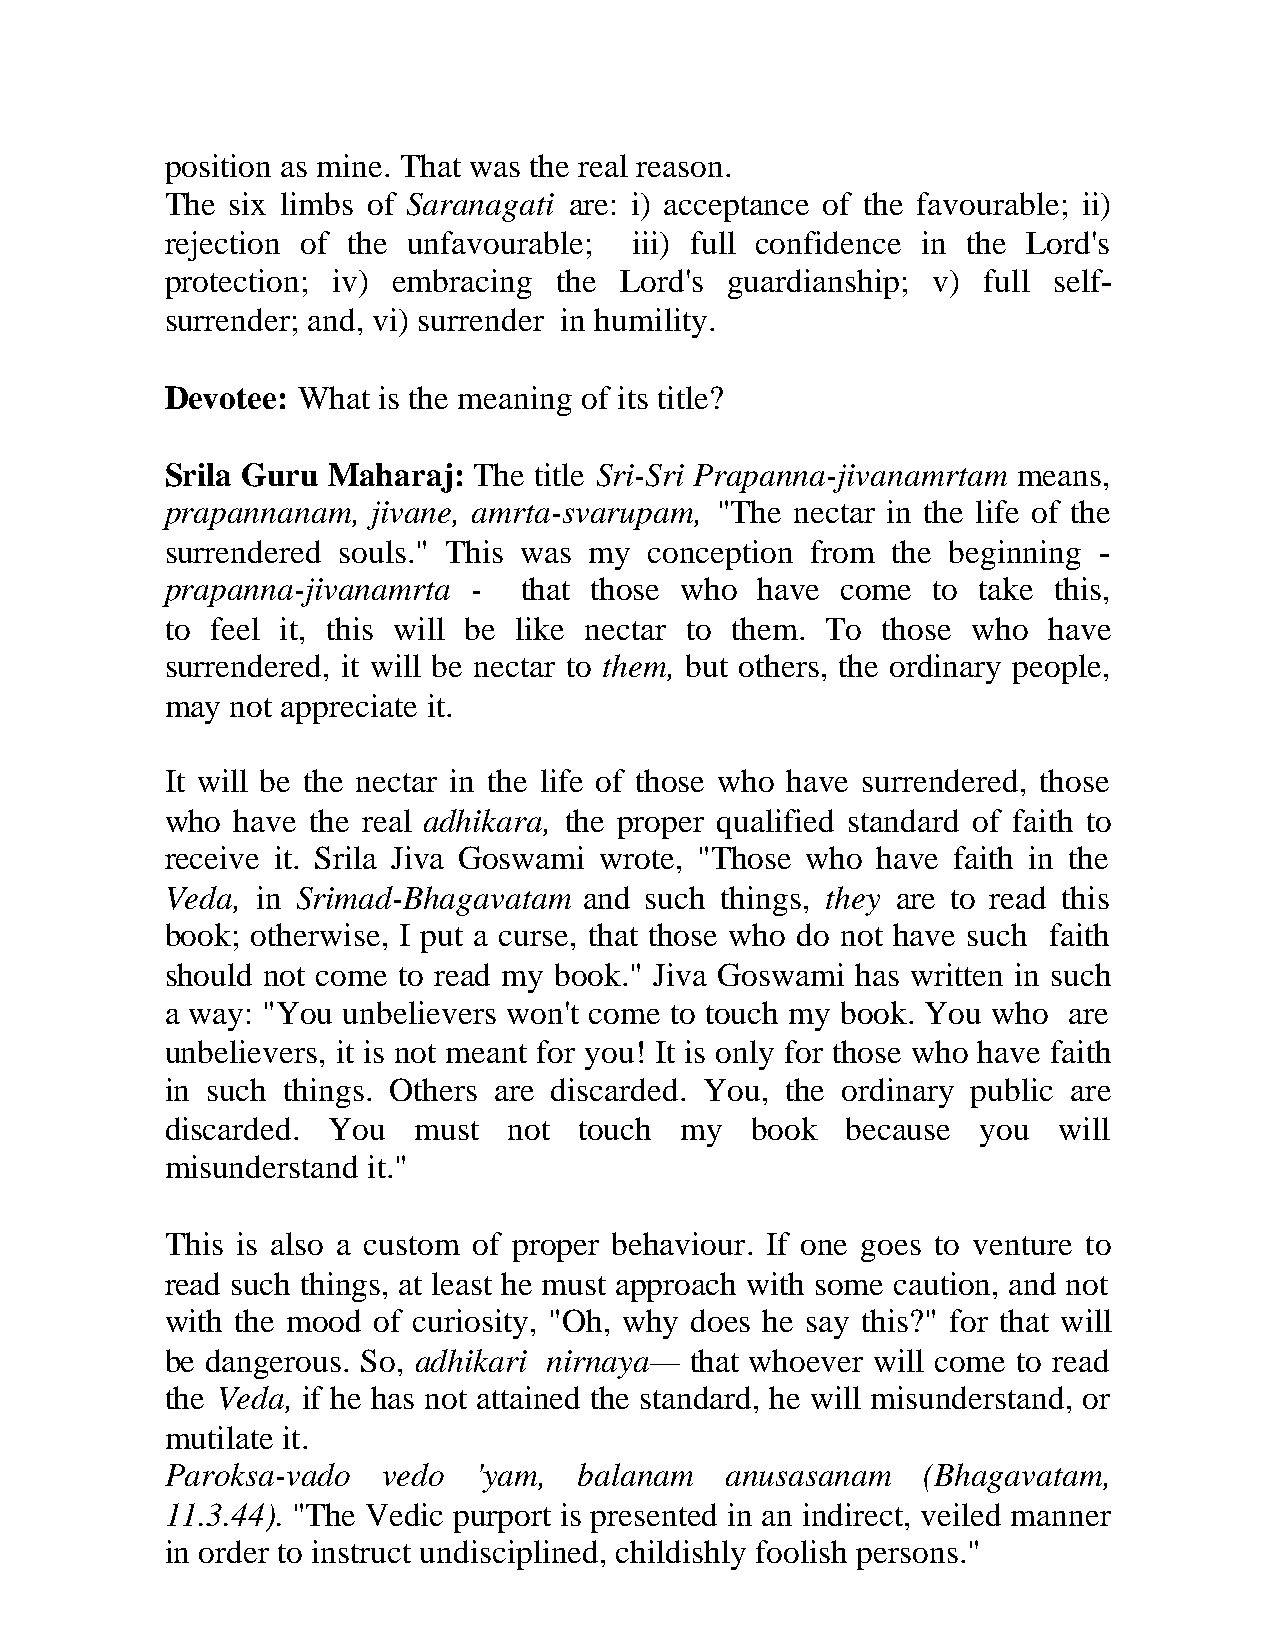
position as mine. That was the real reason.
 The six limbs of Saranagati are: i) acceptance of the favourable; ii)
 rejection of the unfavourable; iii) full confidence in the Lord's
 protection; iv) embracing the Lord's guardianship; v) full self-
 surrender; and, vi) surrender in humility.
 Devotee: What is the meaning of its title?
 Srila Guru Maharaj: The title Sri-Sri Prapanna-jivanamrtam means,
 prapannanam,  jivane, amrta-svarupam, "The nectar in the life of the
 surrendered souls." This was my conception from the beginning -
 prapanna-jivanamrta -  that those who  have  come  to take this,
 to feel it, this will be like nectar to them. To those who have
 surrendered, it will be nectar to them, but others, the ordinary people,
 may not appreciate it.
 It will be the nectar in the life of those who have surrendered, those
 who  have the real adhikara, the proper qualified standard of faith to
 receive it. Srila Jiva Goswami wrote, "Those who have faith in the
 Veda, in Srimad-Bhagavatam  and such things, they are to read this
 book; otherwise, I put a curse, that those who do not have such faith
 should not come to read my book." Jiva Goswami has written in such
 a way: "You unbelievers won't come to touch my book. You who are
 unbelievers, it is not meant for you! It is only for those who have faith
 in such things. Others are discarded. You, the ordinary public are
 discarded. You  must   not touch  my   book  because  you  will
 misunderstand it."
 This is also a custom of proper behaviour. If one goes to venture to
 read such things, at least he must approach with some caution, and not
 with the mood of curiosity, "Oh, why does he say this?" for that will
 be dangerous. So, adhikari nirnaya— that whoever will come to read
 the Veda, if he has not attained the standard, he will misunderstand, or
 mutilate it.
 Paroksa-vado  vedo   'yam, balanam   anusasanam   (Bhagavatam,
 11.3.44). "The Vedic purport is presented in an indirect, veiled manner
 in order to instruct undisciplined, childishly foolish persons."